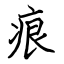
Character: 痕